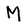
Character: M